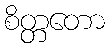
စိတ္တတော